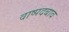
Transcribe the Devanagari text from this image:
वाष्पदबाव